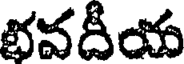
భవదీయ